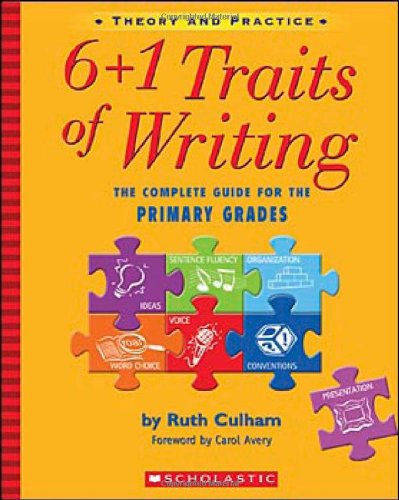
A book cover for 6 + 1 Traits of Writing: The Complete Guide for the Primary Grades; Ruth Culham; Education & Teaching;